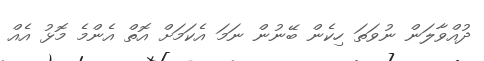
ދުއްވާލަން ނުވަތަ ހިކެން ބޭނުން ނަމަ އެކަމަށް އޮތް އެންމެ މޮޅު އެއް